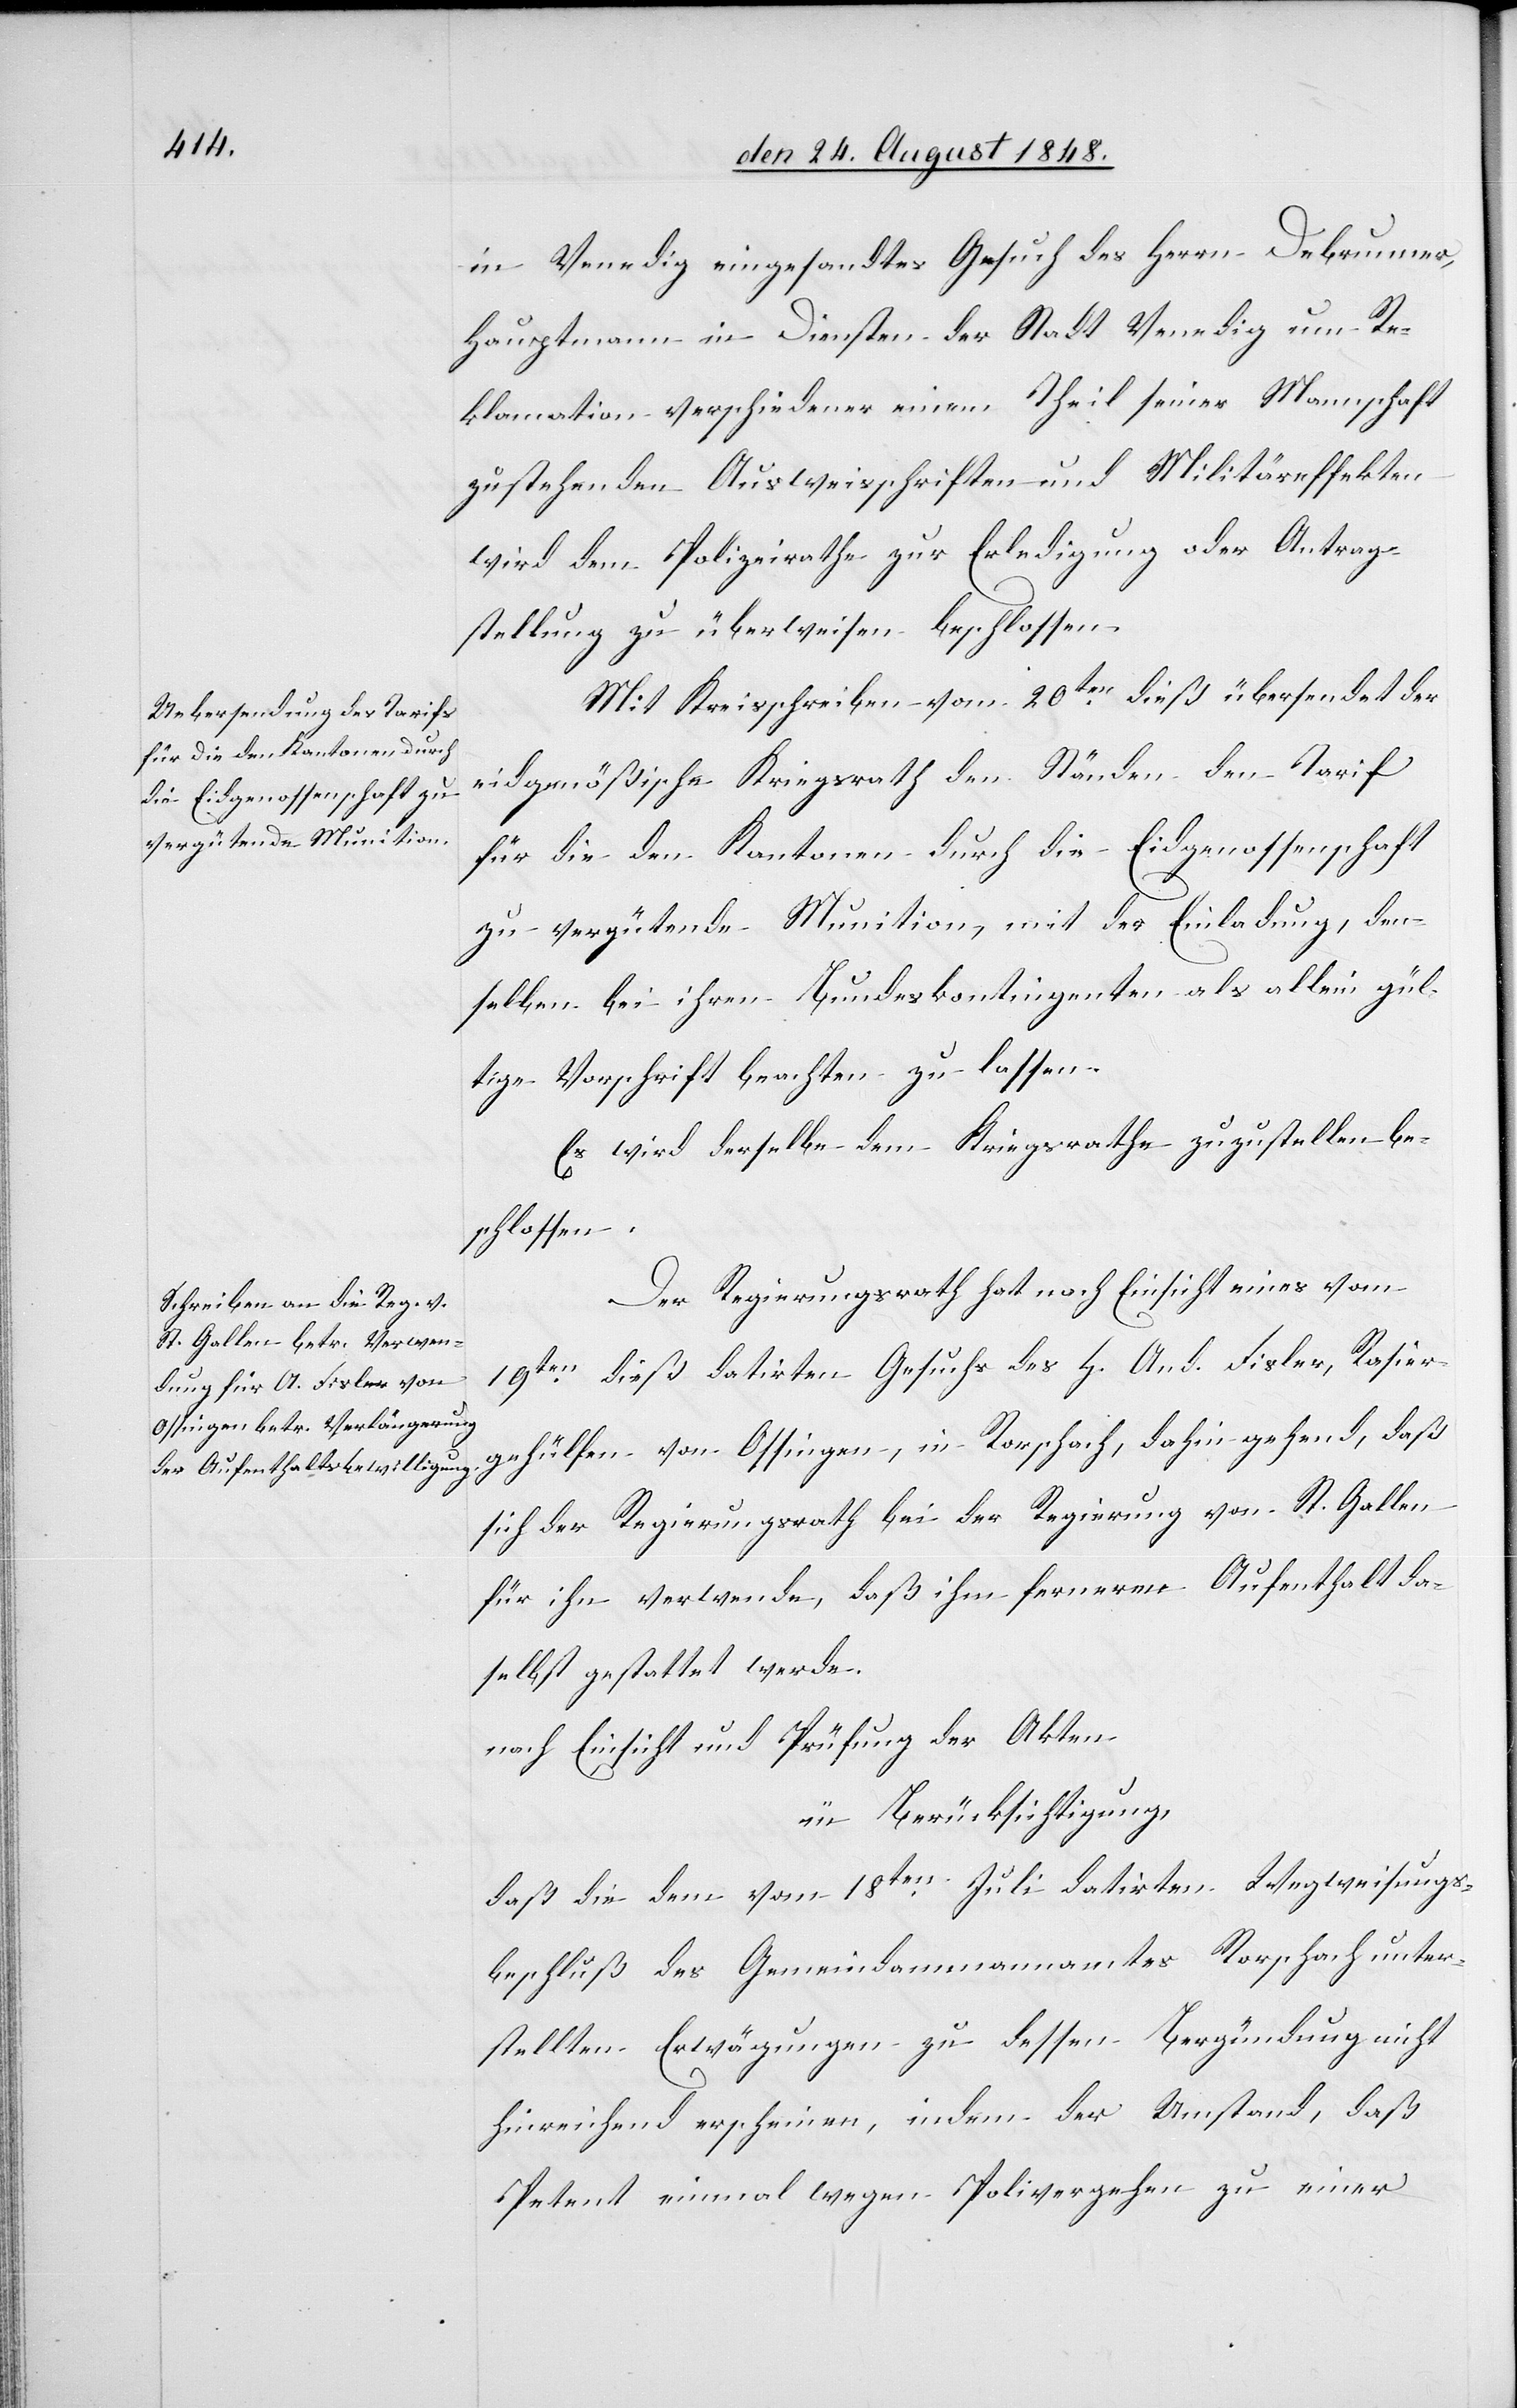
in Venedig eingesandtes Gesuch des Herrn Debrunner,
Hauptmann in Diensten der Stadt Venedig um Re¬
klamation verschiedener einem Theil seiner Mannschaft
zustehenden Ausweisschriften und Militäreffekten
wird dem Polizeirathe zur Erledigung oder Antrag¬
stellung zu überweisen beschlossen.
Mit Kreisschreiben vom 20ten dieß übersendet der
eidgenößische Kriegsrath den Ständen den Tarif
für die den Kantonen durch die Eidgenossenschaft
zu vergütende Munition, mit der Einladung, den¬
selben bei ihren Bundeskontingenten als allein gül¬
tige Vorschrift beachten zu lassen.
Es wird derselbe dem Kriegsrathe zuzustellen be¬
schlossen.
Der Regierungsrath hat nach Einsicht eines vom
19ten dieß datirten Gesuchs des H. And. Fisler, Rasier¬
gehülfen von Ossingen, in Rorschach, dahin gehend, daß
sich der Regierungsrath bei der Regierung von St. Gallen
für ihn verwende, daß ihm ferneren Aufenthalt da¬
selbst gestattet werde.
nach Einsicht und Prüfung der Akten
in Berücksichtigung,
daß die dem vom 18ten Juli datirten Wegweisungs¬
beschluß des Gemeindammannamtes Rorschach unter¬
stellten Erwägungen zu dessen Bergündung [sic!]
hinreichend erscheinen, indem der Umstand, daß
Petent einmal wegen Polivergehen zu einer